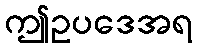
ဤဥပဒေအရ